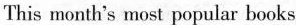
This moatb's must popular books